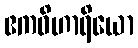
ဧကဝိဟာရိယော